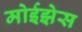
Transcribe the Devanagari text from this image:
मोईझेस